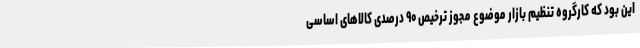
این بود که کارگروه تنظیم بازار موضوع مجوز ترخیص ۹۰ درصدی کالاهای اساسی